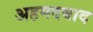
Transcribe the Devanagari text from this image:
अहमदबाद